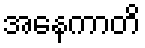
အနေကာတိ